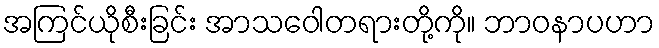
အကြင်ယိုစီးခြင်း အာသဝေါတရားတို့ကို။ ဘာဝနာပဟာ